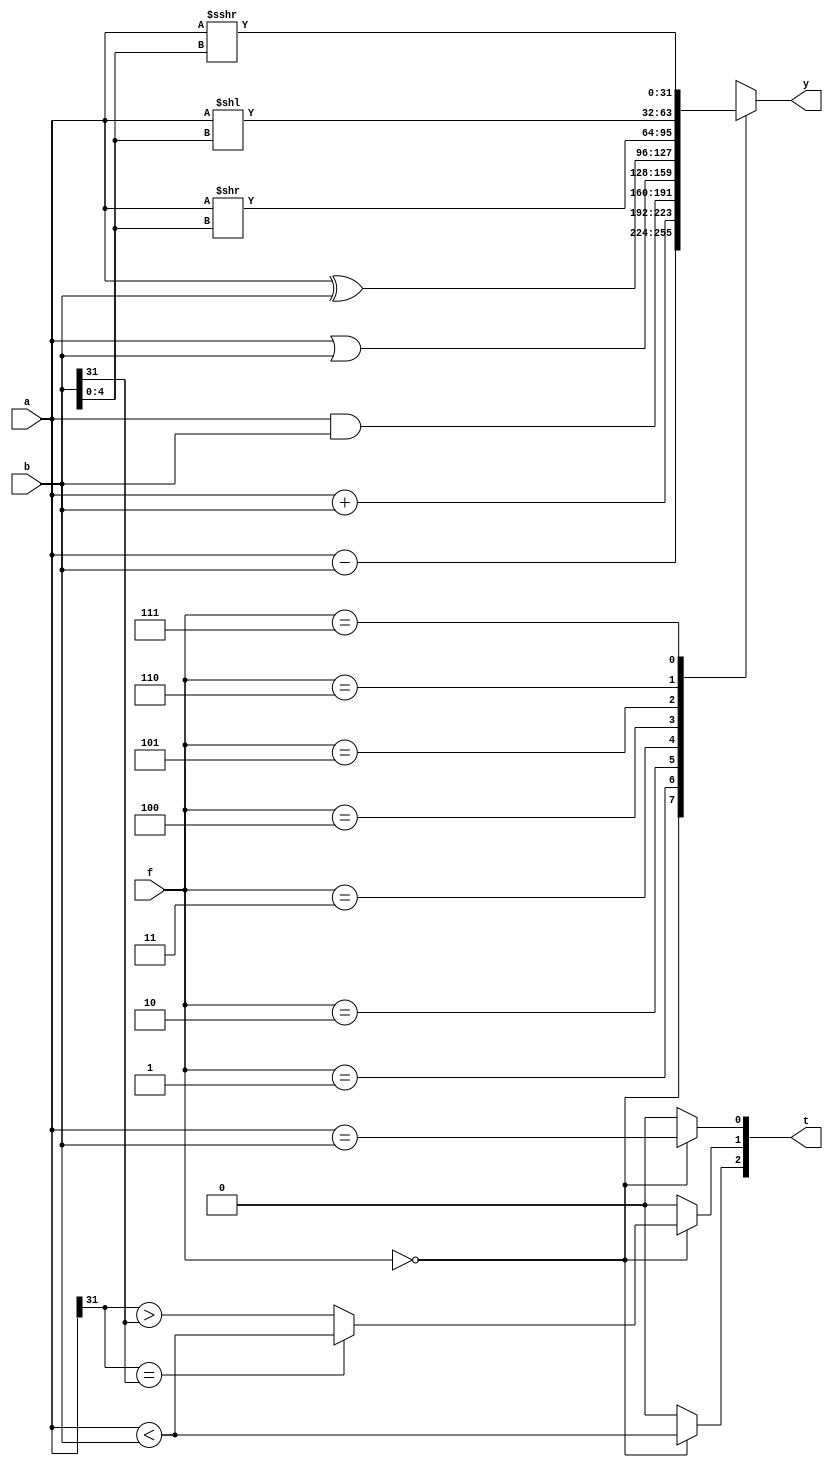
`timescale 1ns / 1ps
//////////////////////////////////////////////////////////////////////////////////
// Company: 
// Engineer: 
// 
// Design Name: 
// Module Name: alu
// Project Name: 
// Target Devices: 
// Tool Versions: 
// Description: 
// 
// Dependencies: 
// 
// Revision:
// Revision 0.01 - File Created
// Additional Comments:
// 
//////////////////////////////////////////////////////////////////////////////////


module alu #(
    parameter WIDTH = 32
)(
    input [WIDTH-1:0] a, b,
    input [2:0] f,
    output reg [WIDTH-1:0] y,
    output [2:0] t
);
    assign t[0] = (f == 0) ? (a == b) : 0;
    assign t[1] = (f == 0) ?((a[WIDTH-1] == b[WIDTH-1]) ? (a < b) : (a[WIDTH-1] > b[WIDTH-1])) : 0;
    assign t[2] = (f == 0) ? (a < b) : 0;

    always @(*) begin
        y = 0;
        case (f)
            3'd0: y = a - b;
            3'd1: y = a + b;
            3'd2: y = a & b;
            3'd3: y = a | b;
            3'd4: y = a ^ b;
            3'd5: y = a >> b[4:0];
            3'd6: y = a << b[4:0];
            3'd7: y = $signed(a) >>> b[4:0];
        endcase
    end
endmodule